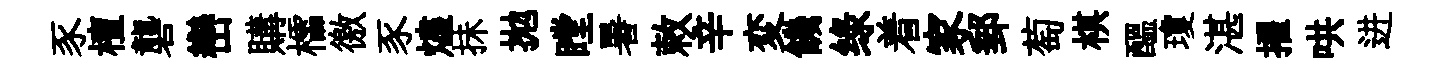
豕檀礱巒購櫺徼豕燼抺拋瞠暑敕辛変饑绿着家郵萄棋醖瓊湛擢哄进